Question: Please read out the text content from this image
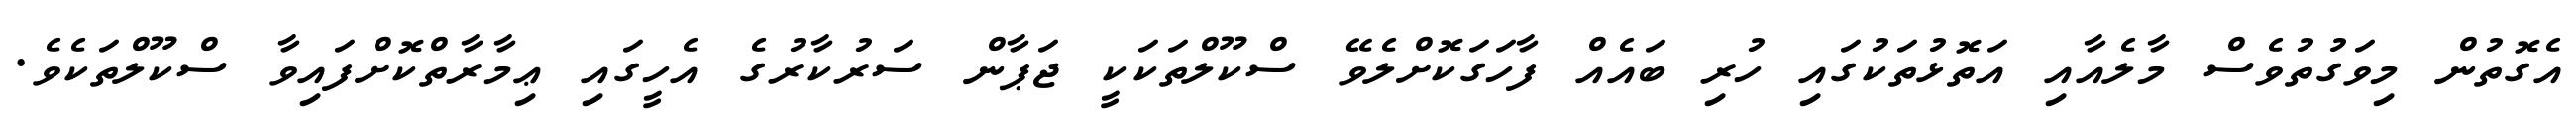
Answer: އެގޮތުން މިވަގުތުވެސް މާލެއާއި އަތޮޅުތަކުގައި ހުރި ބައެއް ފާހަގަކޮށްލެވޭ ސްކޫލްތަކަކީ ޖަޕާން ސަރުކާރުގެ އެހީގައި ޢިމާރާތްކޮށްފައިވާ ސްކޫލްތަކެވެ.